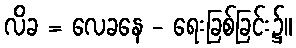
လိခ = လေခနေ - ရေးခြစ်ခြင်း၌။